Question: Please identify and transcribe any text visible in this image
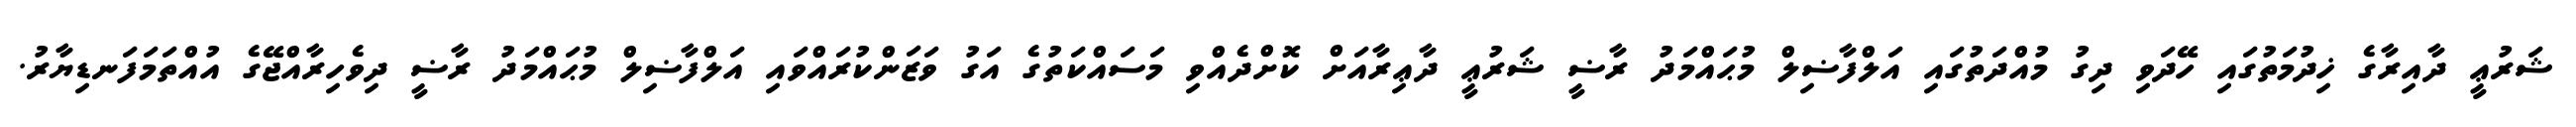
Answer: ޝަރުޢީ ދާއިރާގެ ޚިދުމަތުގައި ހޭދަވި ދިގު މުއްދަތުގައި އަލްފާޟިލް މުޙައްމަދު ރާޟީ ޝަރުޢީ ދާޢިރާއަށް ކޮށްދެއްވި މަސައްކަތުގެ އަގު ވަޒަންކުރައްވައި އަލްފާޟިލް މުޙައްމަދު ރާޟީ ދިވެހިރާއްޖޭގެ އުއްތަމަފަނޑިޔާރު.